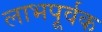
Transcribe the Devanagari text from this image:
लाभपूर्वक